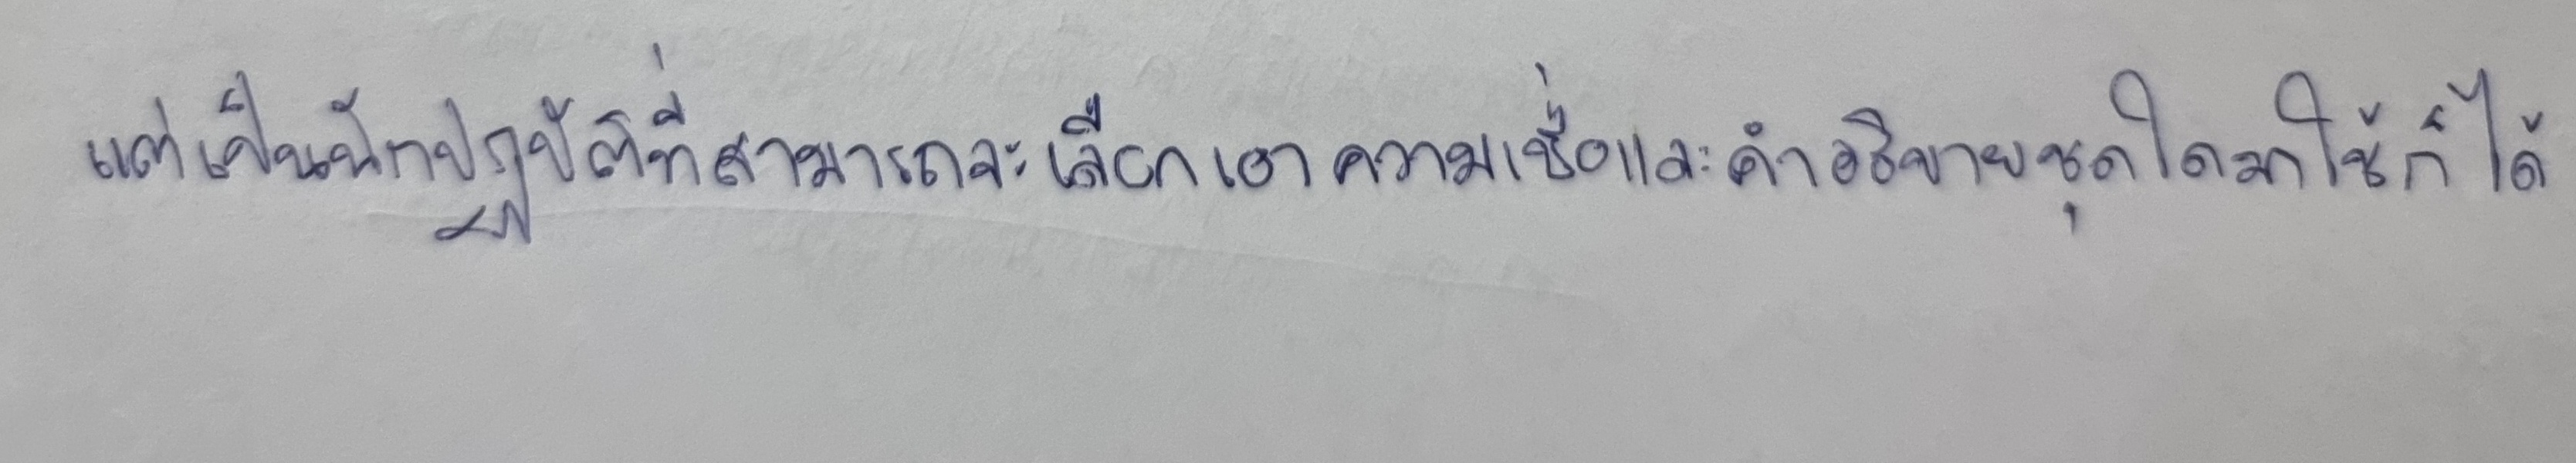
แต่เป็นนักปฏิบัติที่สามารถจะเลือกเอาความเชื่อและคำอธิบายชุดใดมาใช้ก็ได้